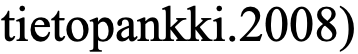
tietopankki.2008)